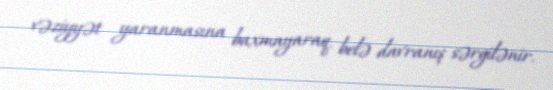
vəziyyət yaranmasına baxmayaraq, belə davranış sərgilənir.